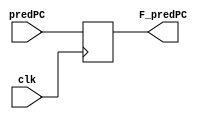
module f_reg_pipe(clk, predPC, F_predPC);

input clk;
input [63:0] predPC;
output reg [63:0] F_predPC;

always @(posedge clk)
    begin
        F_predPC <= predPC;
    end
endmodule